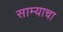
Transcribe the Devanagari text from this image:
साम्याचा